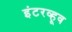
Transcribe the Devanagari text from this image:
इंटरव्हूव